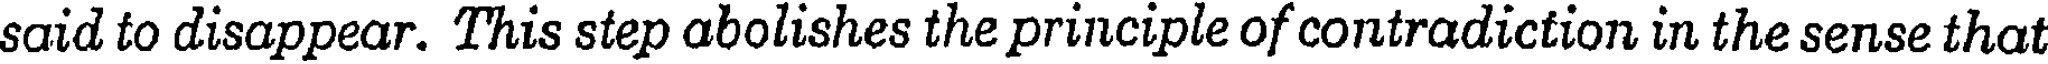
said to disappear. This step abolishes the principle of contradiction in the sense that